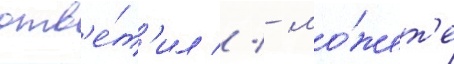
отв'е́т'ил // - мо́жет'е